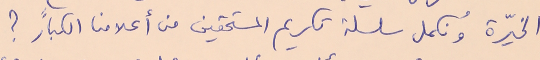
الخيّرة ونُكمل سلسلة تكريم المستحقين من أعلامنا الكبار ؟